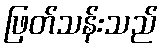
ဖြတ်သန်းသည်